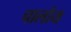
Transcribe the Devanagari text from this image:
चालोय